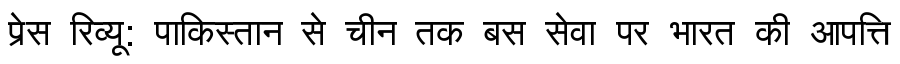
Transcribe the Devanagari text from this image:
प्रेस रिव्यू: पाकिस्तान से चीन तक बस सेवा पर भारत की आपत्ति